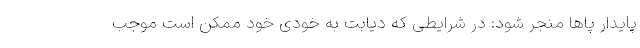
پایدار پاها منجر شود: در شرایطی که دیابت به خودی خود ممکن است موجب